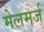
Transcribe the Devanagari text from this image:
मेलमर्ज